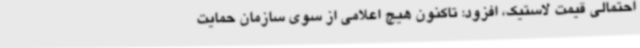
احتمالی قیمت لاستیک، افزود: تاکنون هیچ اعلامی از سوی سازمان حمایت